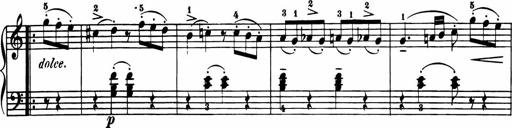
Title: 11 Sonatinas for Piano Solo
Composer: Anton Diabelli